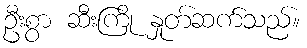
ဦးစွာ ဆီးကြို နှုတ်ဆက်သည်။